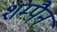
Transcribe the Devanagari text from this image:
शम्पैन